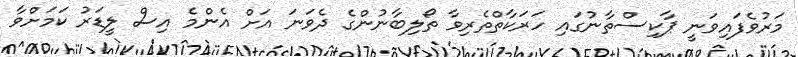
މަރުވެފައިވަނީ ޕާކިސްތާނުގައި ހަރަކާތްތެރިވާ ތޯލިބާނުންގެ ދެވަނަ އަށް އެންމެ އިސް ލީޑަރު ކަމަށްވާ